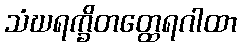
သံဃရက္ခိတတ္ထေရဂါထာ